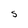
Character: S